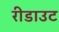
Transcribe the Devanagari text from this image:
रीडाउट